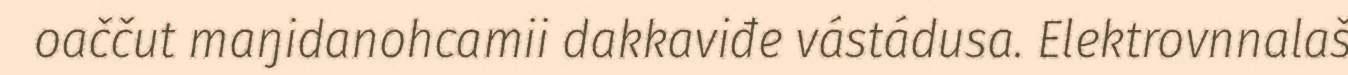
oaččut maŋidanohcamii dakkaviđe vástádusa. Elektrovnnalaš